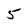
Character: 5